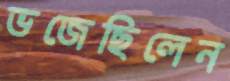
ভজেছিলেন